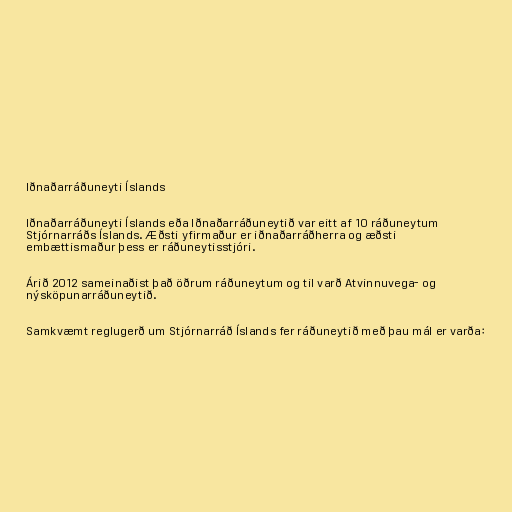
Iðnaðarráðuneyti Íslands

Iðnaðarráðuneyti Íslands eða Iðnaðarráðuneytið var eitt af 10 ráðuneytum
Stjórnarráðs Íslands. Æðsti yfirmaður er iðnaðarráðherra og æðsti
embættismaður þess er ráðuneytisstjóri.

Árið 2012 sameinaðist það öðrum ráðuneytum og til varð Atvinnuvega- og
nýsköpunarráðuneytið.

Samkvæmt reglugerð um Stjórnarráð Íslands fer ráðuneytið með þau mál er varða: